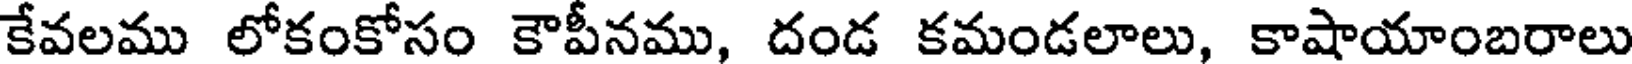
కేవలము లోకంకోసం కౌపీనము, దండ కమండలాలు, కాషాయాంబరాలు